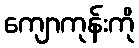
ကျောကုန်းကို